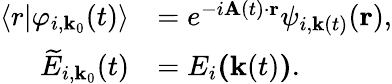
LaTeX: \begin{array}{rl}{\langle r\lvert\varphi_{i,\textbf{k}_{0}}(t)\rangle}&{=e^{-i\textbf{A}(t)\cdot\textbf{r}}\psi_{i,\textbf{k}(t)}(\textbf{r}),}\\ {\widetilde{E}_{i,\textbf{k}_{0}}(t)}&{=E_{i}\textbf{(}\textbf{k}(t)\textbf{)}.}\end{array}